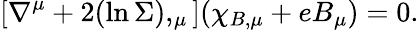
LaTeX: \left[\nabla^{\mu}+2(\ln\Sigma),_{\mu}\right](\chi_{B,\mu}+eB_{\mu})=0.